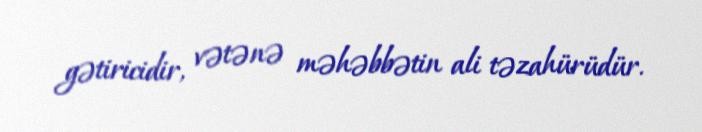
gətiricidir, vətənə məhəbbətin ali təzahürüdür.